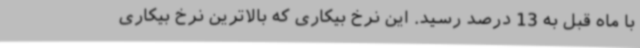
با ماه قبل به 13 درصد رسید. این نرخ بیکاری که بالاترین نرخ بیکاری